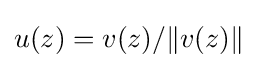
u(z)=v(z)/\|v(z)\|